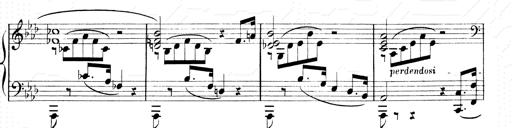
Title: 2 Transcriptions d'aprÃ¨s Rossini
Composer: Franz Liszt